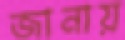
জানায়